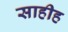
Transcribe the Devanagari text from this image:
साहीह